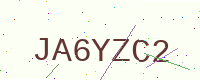
Text: JA6YZC2